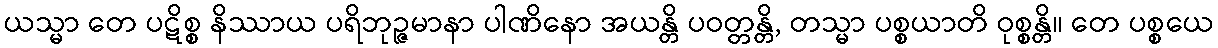
ယသ္မာ တေ ပဋိစ္စ နိဿာယ ပရိဘုဉ္ဇမာနာ ပါဏိနော အယန္တိ ပဝတ္တန္တိ, တသ္မာ ပစ္စယာတိ ဝုစ္စန္တိ။ တေ ပစ္စယေ